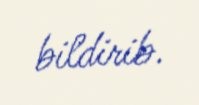
bildirib.